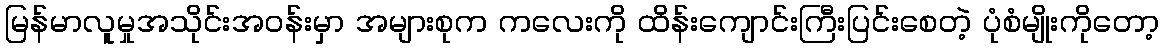
မြန်မာလူမှုအသိုင်းအဝန်းမှာ အများစုက ကလေးကို ထိန်းကျောင်းကြီးပြင်းစေတဲ့ ပုံစံမျိုးကိုတော့